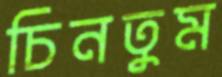
চিনতুম